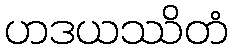
ဟဒယဿိတံ